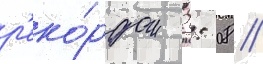
р'еко́рдом 2: 08 //